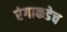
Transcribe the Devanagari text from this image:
रंगाकडेच